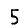
Digit: 5